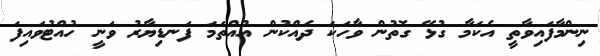
ނިންމާފައިވާތީ އެކަމާ ގުޅޭ ގޮތުން ވާހަކަ ދެއްކުން އުއްތަމަ ފަނޑިޔާރު ވަނީ ހުއްޓުވައިފަ